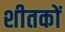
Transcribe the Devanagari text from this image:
शीतकों